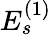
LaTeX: {E}_{s}^{(1)}